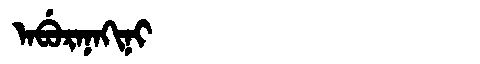
Manchu: ᠠᠪᡠᡵᠠᠨᠠᡴᡳᠨᡳ
Romanization: ABURANAKINI